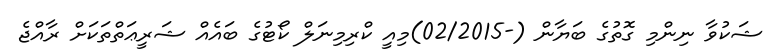
ޝަކުވާ ނިންމި ގޮތުގެ ބަޔާން (-02/2015)މިއީ ކްރިމިނަލް ކޯޓުގެ ބައެއް ޝަރީޢަތްތަކަށް ރާއްޖެ